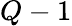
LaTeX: Q-1